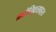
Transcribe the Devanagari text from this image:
क्रांतिवृत्तावरच